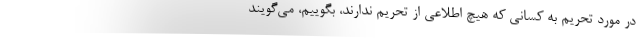
در مورد تحریم به کسانی که هیچ اطلاعی از تحریم ندارند، بگوییم، می‌گویند